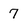
Character: 7